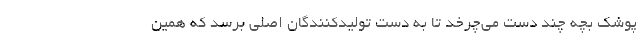
پوشک بچه چند دست می‌چرخد تا به دست تولیدکنندگان اصلی برسد که همین